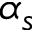
\alpha _ { s }